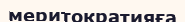
меритократияға